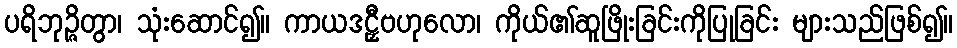
ပရိဘုဉ္ဇိတွာ၊ သုံးဆောင်၍။ ကာယဒဠှီဗဟုလော၊ ကိုယ်၏ဆူဖြိုးခြင်းကိုပြုခြင်း များသည်ဖြစ်၍။